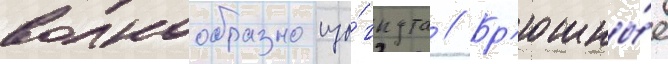
волнообразно изо́гнута // Бр'юшны́е